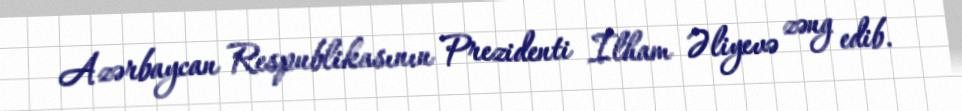
Azərbaycan Respublikasının Prezidenti İlham Əliyevə zəng edib.